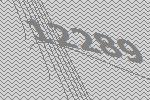
12289